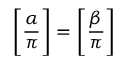
{ \Bigg [ } { \frac { \alpha } { \pi } } { \Bigg ] } = { \Bigg [ } { \frac { \beta } { \pi } } { \Bigg ] }